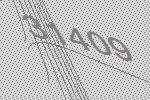
31409